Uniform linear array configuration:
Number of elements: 48
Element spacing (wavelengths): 0.75
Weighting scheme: cosine
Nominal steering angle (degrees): -15
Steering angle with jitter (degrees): -16.216
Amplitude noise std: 0.05
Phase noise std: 0.05

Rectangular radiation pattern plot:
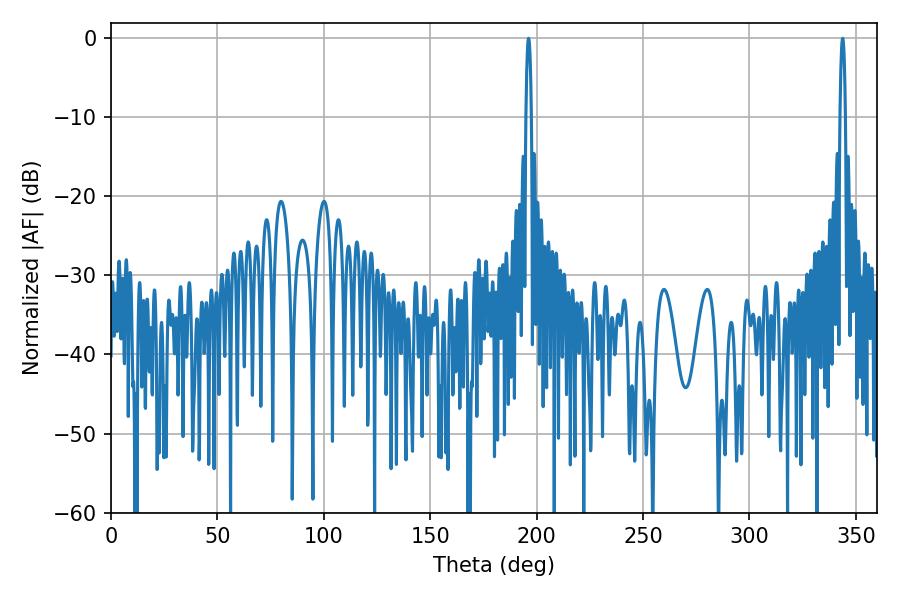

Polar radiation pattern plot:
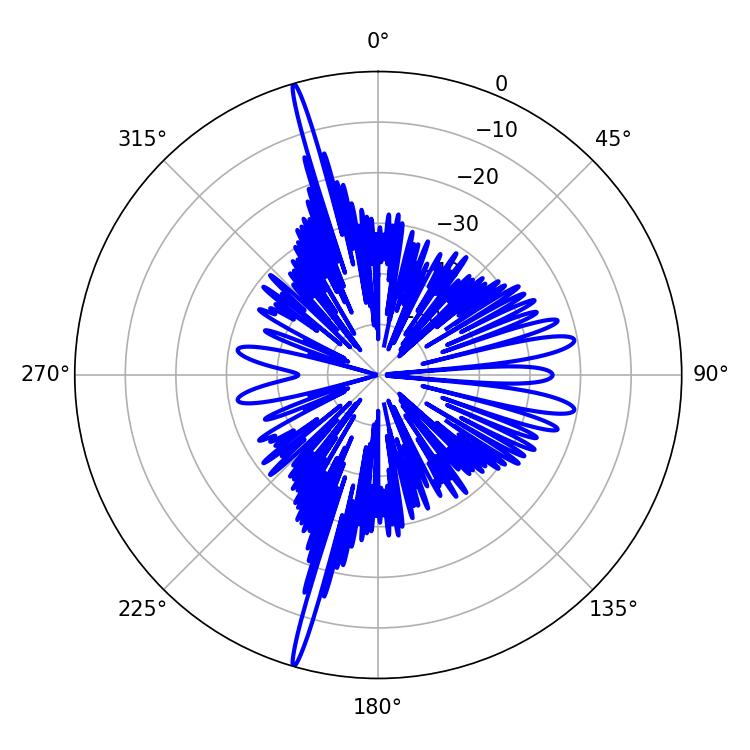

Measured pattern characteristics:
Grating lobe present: TRUE
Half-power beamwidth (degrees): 1.44
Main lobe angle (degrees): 196.2